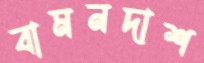
বামনদাশ